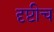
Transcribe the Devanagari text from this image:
दृष्टीच